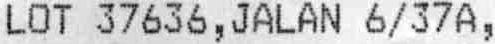
LOT 37636 , JALAN 6/37A ,